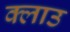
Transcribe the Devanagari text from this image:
क्लाउ